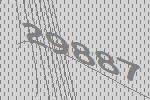
29887